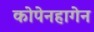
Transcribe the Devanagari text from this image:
कोपेनहागेन